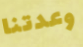
وعدتنا